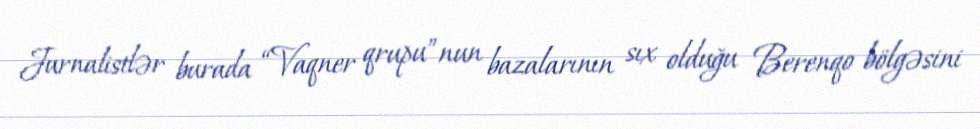
Jurnalistlər burada “Vaqner qrupu”nun bazalarının sıx olduğu Berenqo bölgəsini